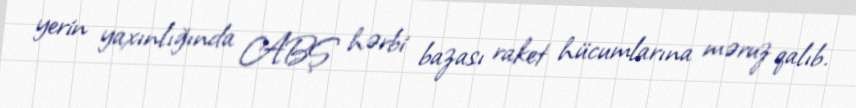
yerin yaxınlığında ABŞ hərbi bazası raket hücumlarına məruz qalıb.